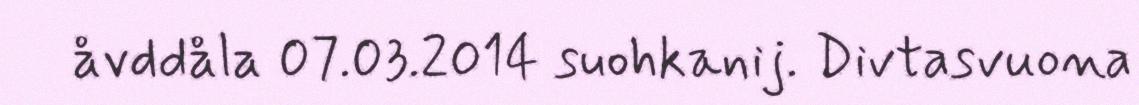
åvddåla 07.03.2014 suohkanij. Divtasvuona